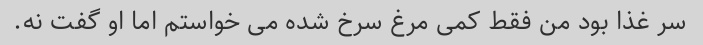
سر غذا بود من فقط کمی مرغ سرخ شده می خواستم اما او گفت نه.